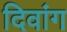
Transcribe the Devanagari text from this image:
दिवांग